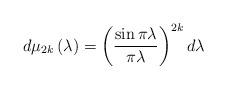
LaTeX: \begin{align*}d\mu_{2k}\left(\lambda\right)=\left(\frac{\sin\pi\lambda}{\pi\lambda}\right)^{2k}d\lambda\end{align*}